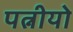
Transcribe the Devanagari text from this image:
पत्नीयो